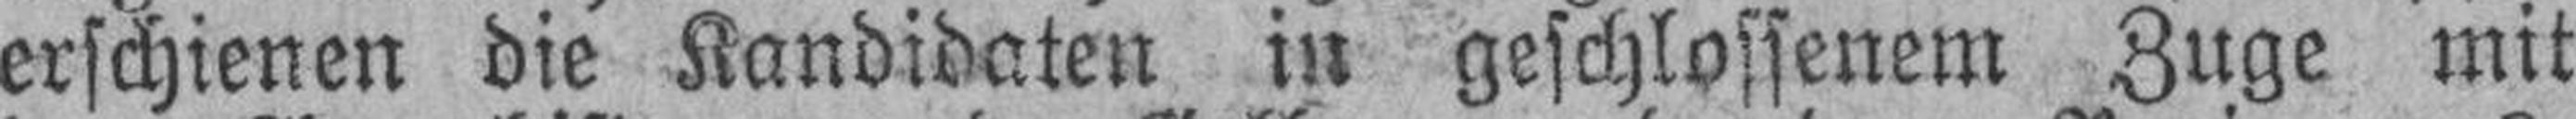
erschienen die Kandidaten in geschlossenem Zuge mit